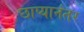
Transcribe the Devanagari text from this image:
छाप्यानंतर